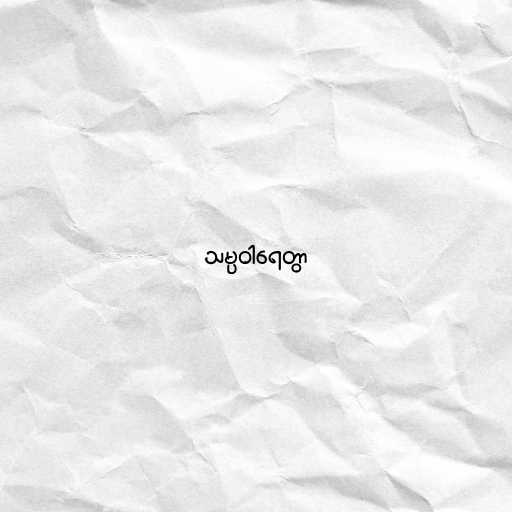
သမ္ပဝါရေတွာ